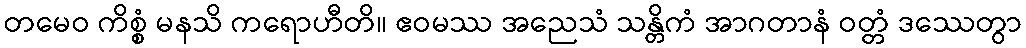
တမေဝ ကိစ္စံ မနသိ ကရောဟီတိ။ ဧဝမဿ အညေသံ သန္တိကံ အာဂတာနံ ဝတ္တံ ဒဿေတွာ